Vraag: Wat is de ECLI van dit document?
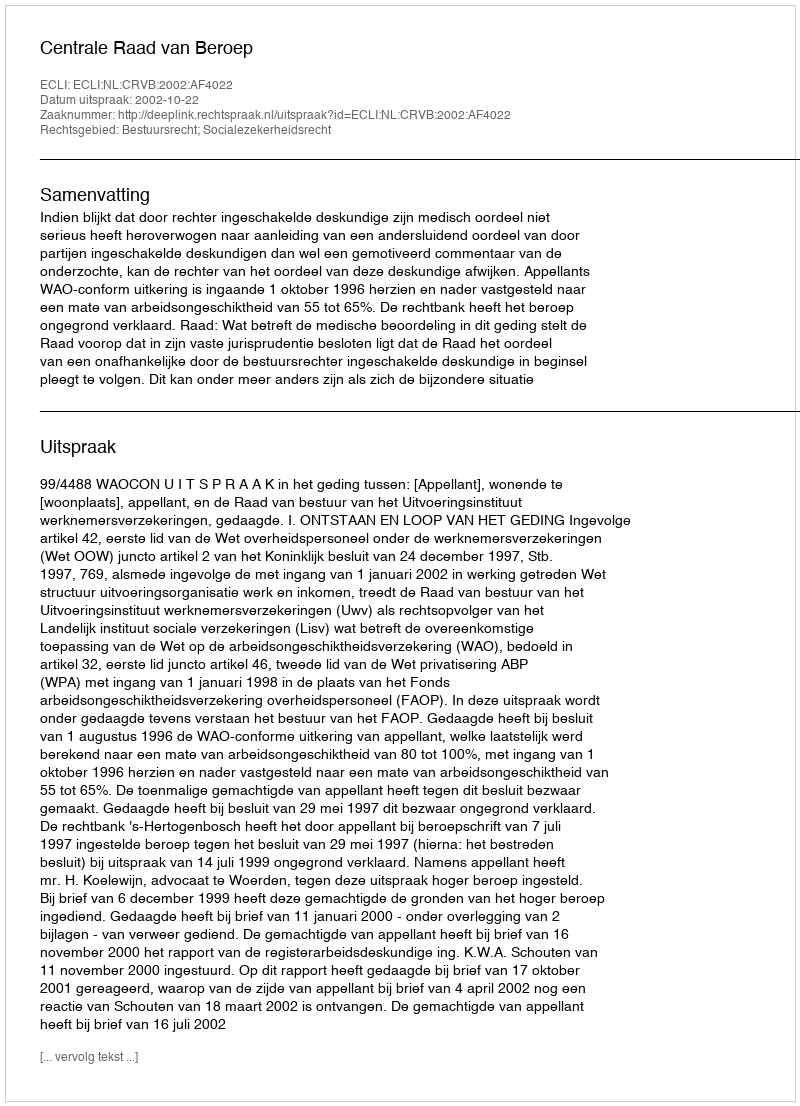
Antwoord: ECLI:NL:CRVB:2002:AF4022